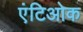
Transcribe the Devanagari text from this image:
एंटिओक